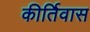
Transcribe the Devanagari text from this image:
कीर्तिवास